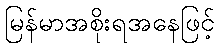
မြန်မာအစိုးရအနေဖြင့်